Lunatic asylums Punjab 1868-1880 - 1868-1880
Year: 1868
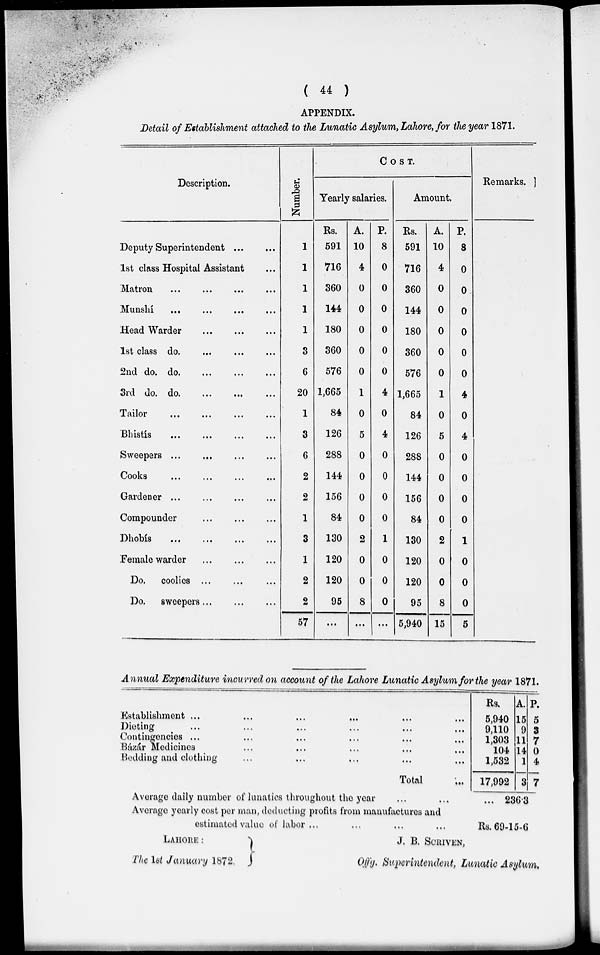
( 44 )
APPENDIX.
Detail of Establishment attached to the Lunatic Asylum. Lahore, for the year 1871.
Description.
Deputy Superintendent
...
...
1st class Hospital Assistant ...
Matron ... ... ... ...
Munshi...
...
...
...
Head Warder
...
...
...
1st class do.
...
... ...
2nd do. do. ... ... ...
3rd do. do.
...
...
Tailor
...
...
...
...
Bhistis
...
...
...
...
Sweepers ...
...
Cooks
...
...
...
...
Gardener...
...
...
...
...
Compounder
...
...
...
Dhobís
...
...
...
Female warder
...
...
...
Do. coolies ... ... ...
Do. sweepers
...
...
...
Number.
1
1
1
1
1
3
6
20
1
3
6
2
2
1
3
1
2
2
57
COST.
Yearly salaries.
Rs.
591
716
360
144
180
360
576
1,665
84
126
288
144
156
84
130
120
120
95
...
A.
10
4
0
0
0
0
0
1
0
5
0
0
0
0
2
0
0
8
...
P.
8
0
0
0
0
0
0
4
0
4
0
0
0
0
1
0
0
0
...
Amount.
Rs.
591
716
360
144
180
360
576
1,665
84
126
288
144
156
84
130
120
120
95
5,940
A.
10
4
0
0
0
0
0
1
0
5
0
0
0
0
2
0
0
8
15
P.
8
0
0
0
0
0
0
4
0
4
0
0
0
0
1
0
0
0
5
Remarks.
Annual Expenditure incurred on account of the Lahore Lunatic Asylum for the year 1871.
Establishment ... ... ... ... ... ...
Dieting
...
...
...
...
...
...
Contingencies ...
...
...
...
...
...
Bázár Medicines ... ... ... ... ...
Bedding and clothing ... ... ... ... ...
Total ...
Rs.
5,940
9,110
1,303 104
1,532
17,992
A.
15
9
11 14
1
3
P.
5
3
7 0
4
7
Average daily number of lunatics throughout the year ... ...
Average yearly cost per man, deducting profits from manufactures and
estimated value of labor ... ... ... ...
... 236.3
Rs. 69-15-6
LAHORE:
The 1st January
1872.
J. B. SCRIYEN,
Of f g. Superintendent, Lunatic Asylum.